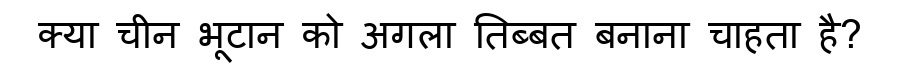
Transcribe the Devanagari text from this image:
क्या चीन भूटान को अगला तिब्बत बनाना चाहता है?